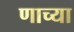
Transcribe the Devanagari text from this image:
णाच्या